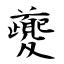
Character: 夔